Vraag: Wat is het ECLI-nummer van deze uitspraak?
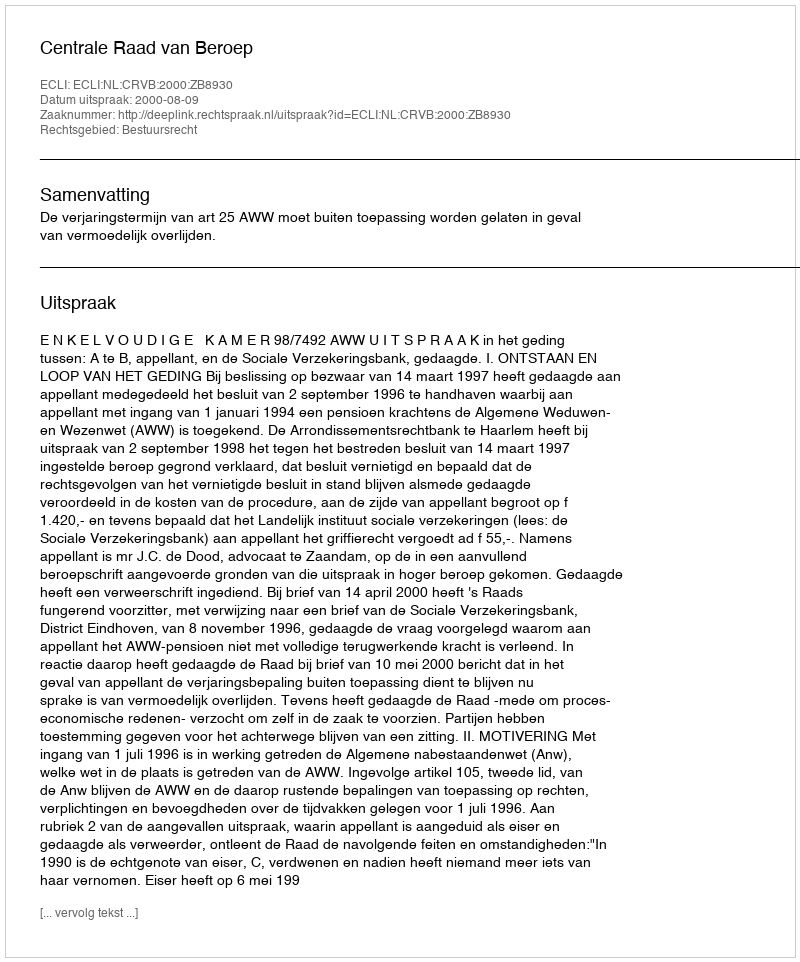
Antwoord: ECLI:NL:CRVB:2000:ZB8930